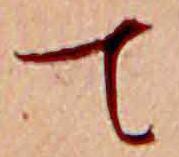
て